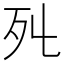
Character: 𣦾